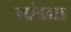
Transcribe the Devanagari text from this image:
तांडवा